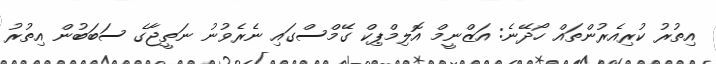
އިތުރު ކުރިއެރުންތައް ހޯދޭނެ: އަޒްނީމް އޮލިމްޕިކް ގޭމްސްގައި ނެރެވުނު ނަތީޖާގެ ސަބަބުން އިތުރު